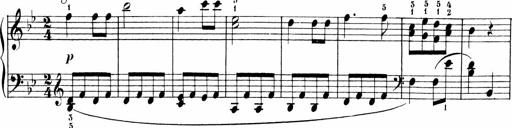
Title: 6 Liedersonatinen
Composer: Carl Reinecke